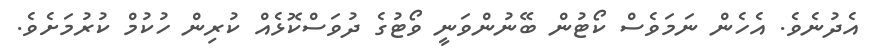
އެދުނެވެ. އެހެން ނަމަވެސް ކޯޓުން ބޭނުންވަނީ ވޯޓުގެ ދުވަސްކޮޅެއް ކުރިން ހުކުމް ކުރުމަށެވެ.